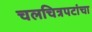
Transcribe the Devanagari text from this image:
चलचित्रपटांचा